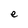
Character: e